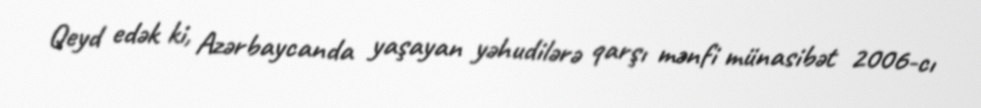
Qeyd edək ki, Azərbaycanda yaşayan yəhudilərə qarşı mənfi münasibət 2006-cı